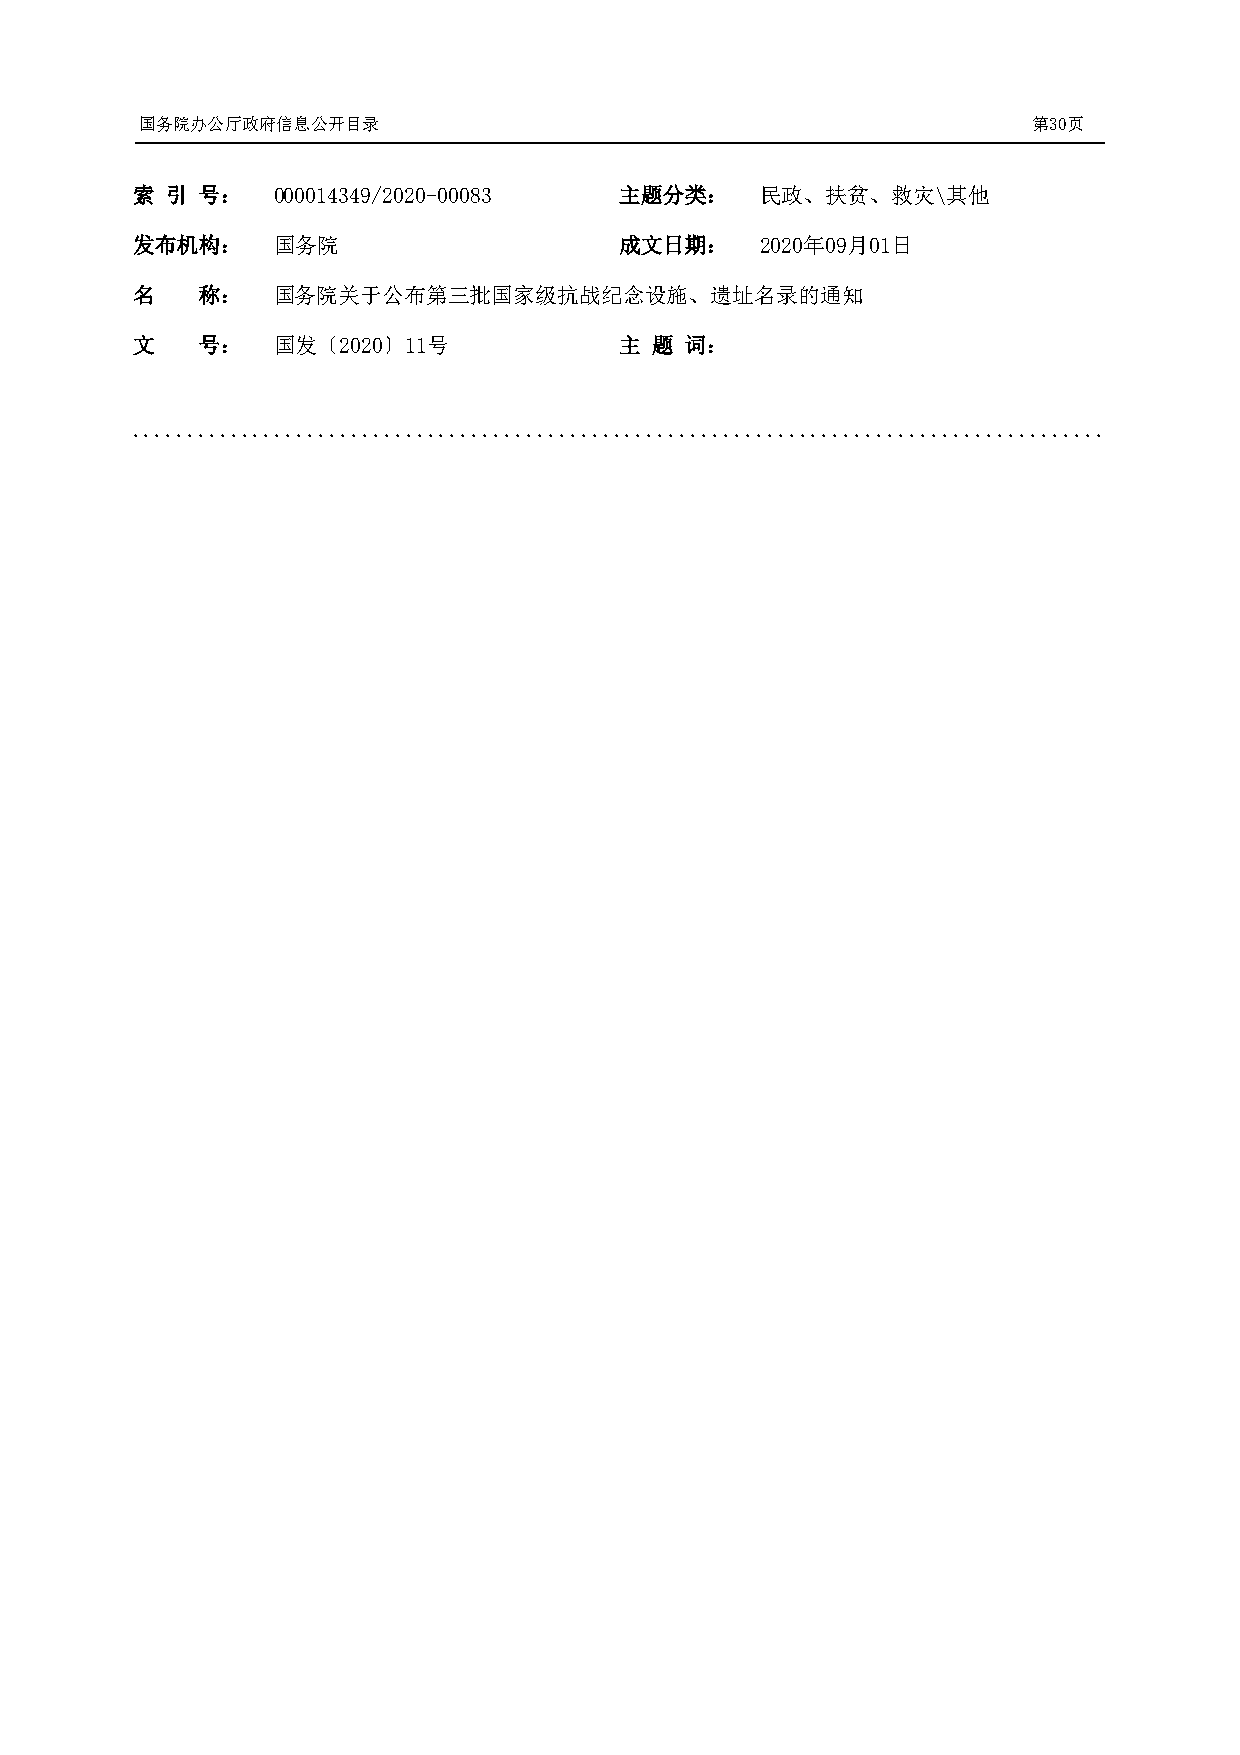
国务院办公厅政府信息公开目录                                             第30页
 索 引 号：   000014349/2020-00083   主题分类：    民政、扶贫、救灾\其他
 发布机构：    国务院                    成文日期：    2020年09月01日
 名   称：   国务院关于公布第三批国家级抗战纪念设施、遗址名录的通知
 文   号：   国发〔2020〕11号            主 题 词：
 .........................................................................................